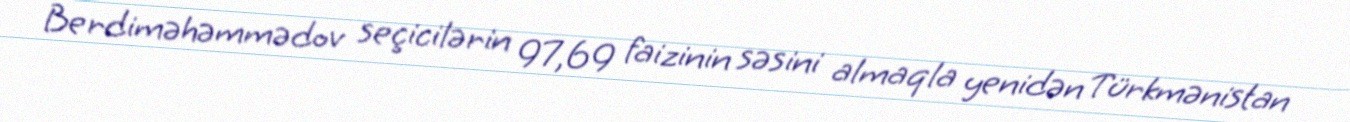
Berdiməhəmmədov seçicilərin 97,69 faizinin səsini almaqla yenidən Türkmənistan